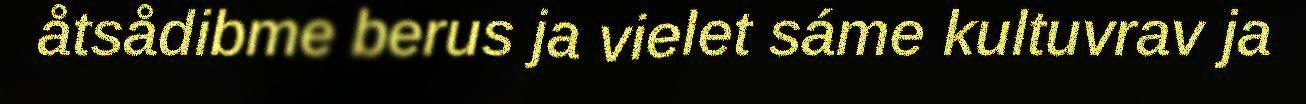
åtsådibme berus ja vielet sáme kultuvrav ja